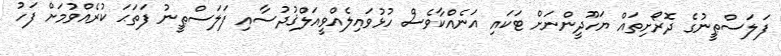
ފަލަސްޠީނުގެ ދޮރޯށިތައް ޔަހޫދީންނަށް ޓަކައި އަނެއްކާވެސް ހުޅުވައިލެއްވީއަލްޤުދުސާއި ފަލަސްޠީނު ފަތަޙަ ކުރެއްވުމަށް ފަހު